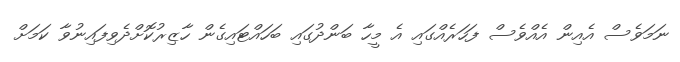
ނަމަވެސް އެއިން އެއްވެސް ފަހަރެއްގައި އެ މީހާ ބަންދުގައި ބަހައްޓައިގެން ހާޒިރުކޮށްދެވިފައިނުވާ ކަމަށް